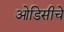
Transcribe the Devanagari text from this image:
ओडिसीचे